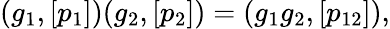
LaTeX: (g_{1},[p_{1}])(g_{2},[p_{2}])=(g_{1}g_{2},[p_{12}]),